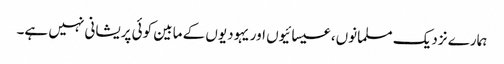
ہمارے نزدیک مسلمانوں، عیسائیوں اور یہودیوں کے مابین کوئی پریشانی نہیں ہے۔